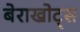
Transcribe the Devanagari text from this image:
बेराखोट्स